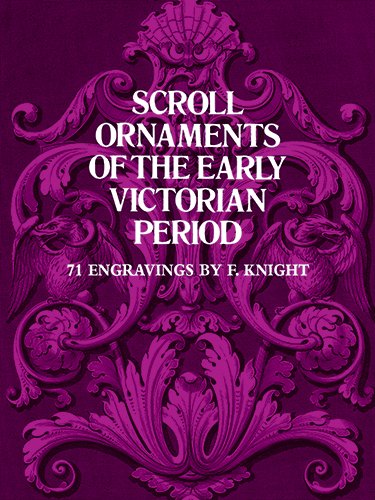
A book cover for Scroll Ornaments of the Early Victorian Period (Dover Pictorial Archive); F. Knight; Arts & Photography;